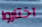
اختاروا